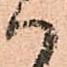
ハ